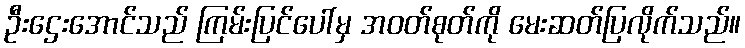
ဦးဌေးအောင်သည် ကြမ်းပြင်ပေါ်မှ အဝတ်စုတ်ကို မေးဆတ်ပြလိုက်သည်။